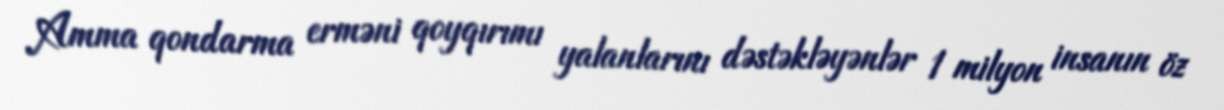
Amma qondarma erməni qoyqırımı yalanlarını dəstəkləyənlər 1 milyon insanın öz